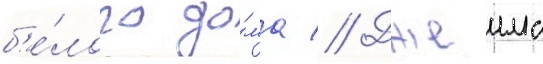
б'е́лого до́ма // Джеимс